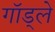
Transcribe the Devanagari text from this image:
गॉड्ले